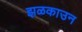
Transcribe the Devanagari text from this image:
झळकाउन